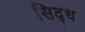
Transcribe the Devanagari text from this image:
सिद्‌ध